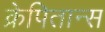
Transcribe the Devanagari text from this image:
क्रेपितान्स